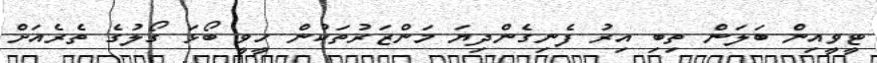
ޓީވީއިން ބަލަން ތިބި އިރު ފެނިގެންދިޔަ މަންޒަރުތަކުން ހީވީ ބޯޅަ ގޯލުގެ ތެރެއަށް